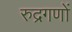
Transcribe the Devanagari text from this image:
रुद्रगणों